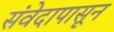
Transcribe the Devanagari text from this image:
संवेदापासून